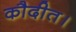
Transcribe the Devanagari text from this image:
कौदीत।